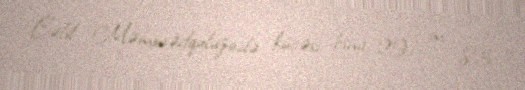
Cəlil Məmmədquluzadə küçəsi, bina 29, m. 83